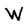
Character: W